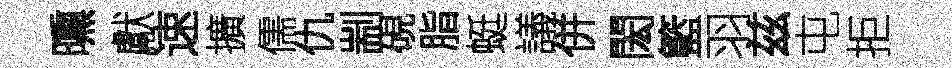
曛獻速擴儒仇剬硯脂蜓議併閎籃羽兹屯拒